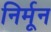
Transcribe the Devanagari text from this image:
निर्मून